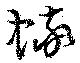
蟀